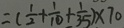
= ( \frac { 1 } { 2 } + \frac { 1 } { 1 0 } + \frac { 1 } { 3 5 } ) \times 7 0